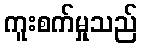
ကူးစက်မှုသည်